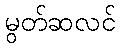
မွတ်ဆလင်